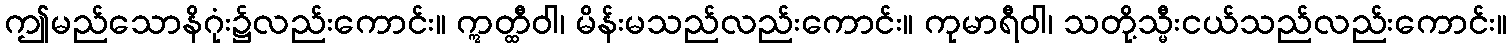
ဤမည်သောနိဂုံး၌လည်းကောင်း။ ဣတ္ထီဝါ၊ မိန်းမသည်လည်းကောင်း။ ကုမာရီဝါ၊ သတို့သ္မီးငယ်သည်လည်းကောင်း။